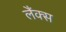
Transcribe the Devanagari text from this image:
लैंक्स